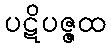
ပဋိပဇ္ဇထ